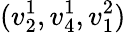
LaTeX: (v_{2}^{1},v_{4}^{1},v_{1}^{2})